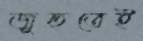
জুহুতেই